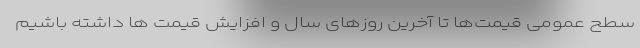
سطح عمومی قیمت‌ها تا آخرین روزهای سال و افزایش قیمت ها داشته باشیم